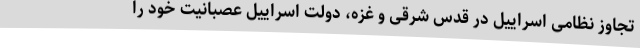
تجاوز نظامی اسراییل در قدس شرقی و غزه، دولت اسراییل عصبانیت خود را